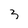
Character: 3